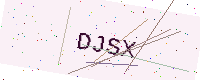
Text: DJSX